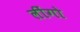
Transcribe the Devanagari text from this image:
लींगो